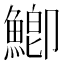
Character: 鯽